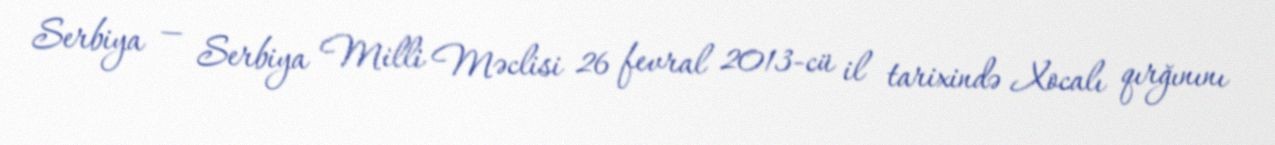
Serbiya — Serbiya Milli Məclisi 26 fevral 2013-cü il tarixində Xocalı qırğınını